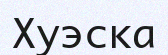
Хуэска